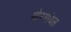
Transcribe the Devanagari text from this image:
मोरगांवल